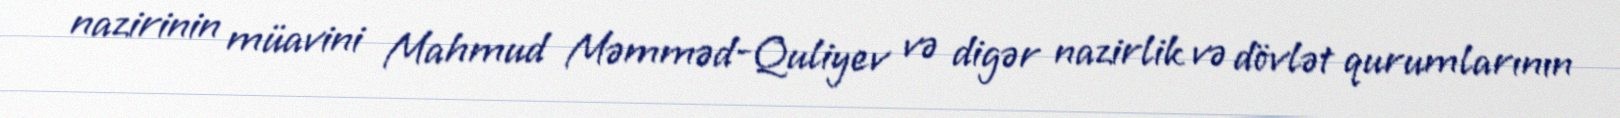
nazirinin müavini Mahmud Məmməd-Quliyev və digər nazirlik və dövlət qurumlarının